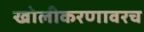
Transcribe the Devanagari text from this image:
खोलीकरणावरच